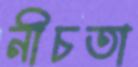
নীচতা